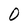
Character: 0